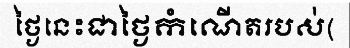
ថ្ងៃនេះជាថ្ងៃកំណើតរបស់(